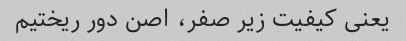
یعنی کیفیت زیر صفر، اصن دور ریختیم